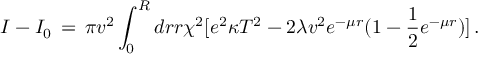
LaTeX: I - I _ { 0 } \, = \, \pi v ^ { 2 } \int _ { 0 } ^ { R } d r r \chi ^ { 2 } [ e ^ { 2 } \kappa T ^ { 2 } - 2 \lambda v ^ { 2 } e ^ { - \mu r } ( 1 - { \frac { 1 } { 2 } } e ^ { - \mu r } ) ] \, .